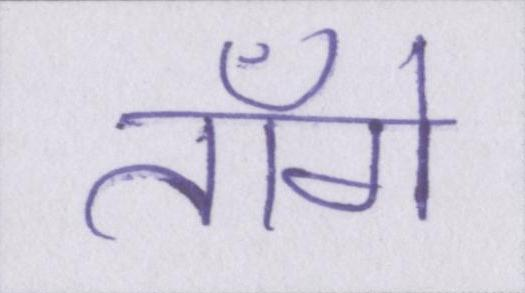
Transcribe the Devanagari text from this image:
ताँगे